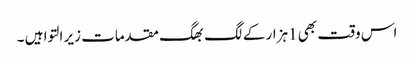
اس وقت بھی 1ہزار کے لگ بھگ مقدمات زیر التوا ہیں ۔